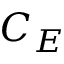
C _ { E }